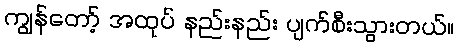
ကျွန်တော့် အထုပ် နည်းနည်း ပျက်စီးသွားတယ်။